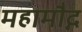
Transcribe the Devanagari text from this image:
महामौद्ग